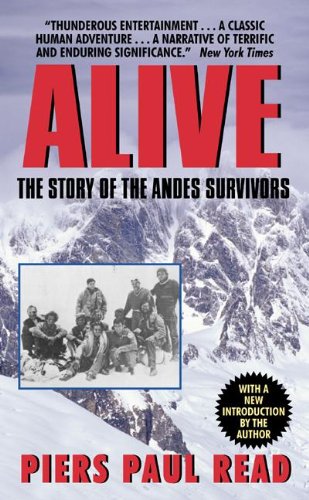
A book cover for Alive: The Story Of The Andes Survivors (Turtleback School & Library Binding Edition); Piers Paul Read; Teen & Young Adult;